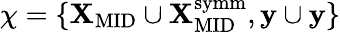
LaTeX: \chi=\{ \mathbf{X}_{\mathrm{MID}}\cup\mathbf{X}_{\mathrm{MID}}^{\mathrm{symm}},\mathbf{y}\cup\mathbf{y}\}